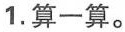
1.算一算。